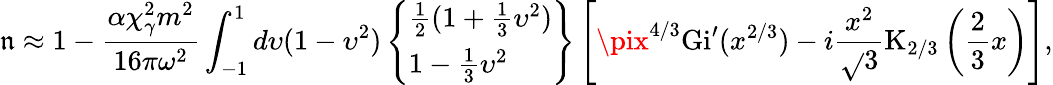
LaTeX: \mathfrak{n}\approx1-\frac{{\alpha\chi_{\gamma}^{2}m^{2}}}{{16\pi\omega^{2}}}\int_{-1}^{1}d\upsilon(1-\upsilon^{2})\left\{ \begin{array}{l}{\frac{1}{2}(1+\frac{1}{3}\upsilon^{2})}\\ {1-\frac{1}{3}\upsilon^{2}}\end{array}\right\} \left[\pix^{4/3}\mathrm{{Gi}}^{\prime}(x^{2/3})-i\frac{{x^{2}}}{{\sqrt{}{{3}}}}\mathrm{{K}}_{2/3}\left(\frac{{2}}{{3}}x\right)\right],